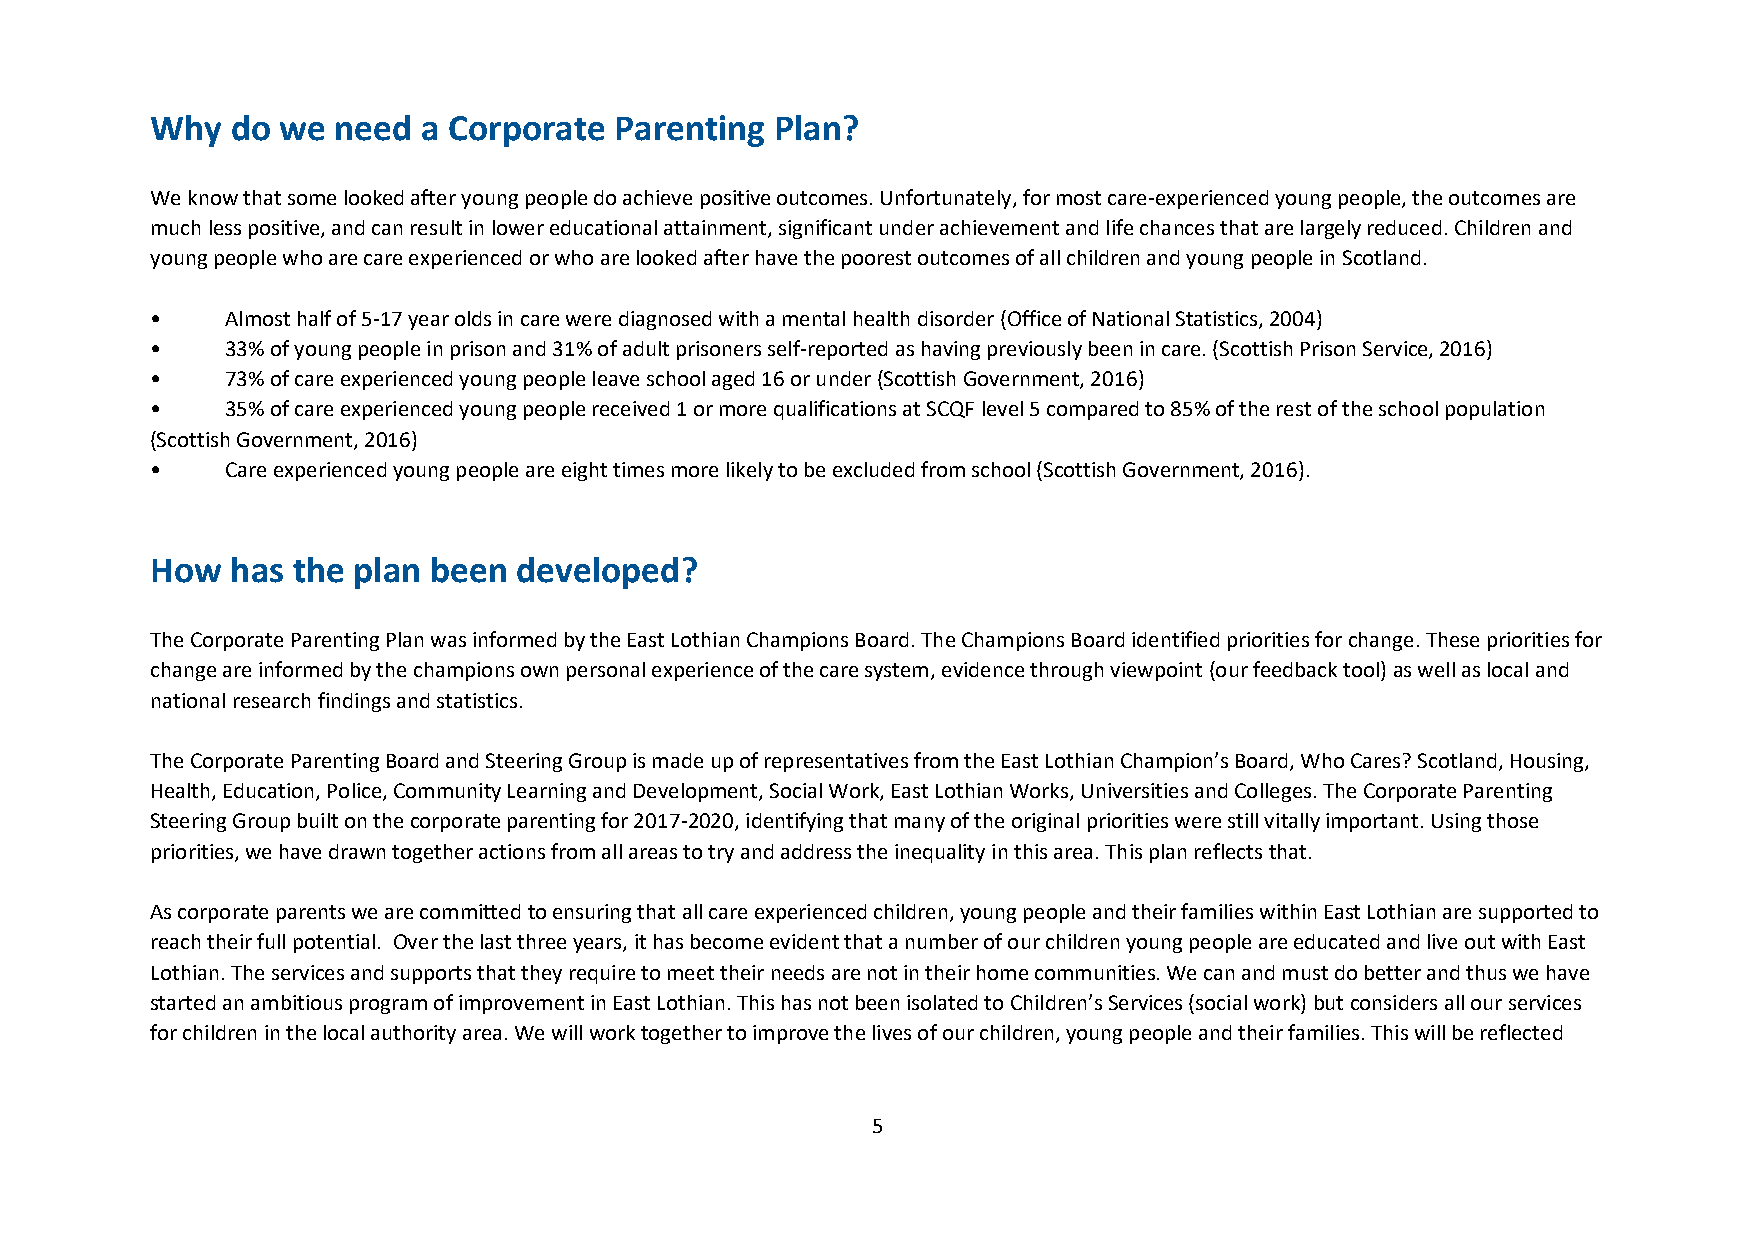
Why  do we  need  a Corporate  Parenting Plan?
 We know that some looked after young people do achieve positive outcomes. Unfortunately, for most care-experienced young people, the outcomes are
 much less positive, and can result in lower educational attainment, significant under achievement and life chances that are largely reduced. Children and
 young people who are care experienced or who are looked after have the poorest outcomes of all children and young people in Scotland.
 •    Almost half of 5-17 year olds in care were diagnosed with a mental health disorder (Office of National Statistics, 2004)
 •    33% of young people in prison and 31% of adult prisoners self-reported as having previously been in care. (Scottish Prison Service, 2016)
 •    73% of care experienced young people leave school aged 16 or under (Scottish Government, 2016)
 •    35% of care experienced young people received 1 or more qualifications at SCQF level 5 compared to 85% of the rest of the school population
 (Scottish Government, 2016)
 •    Care experienced young people are eight times more likely to be excluded from school (Scottish Government, 2016).
 How  has the plan been  developed?
 The Corporate Parenting Plan was informed by the East Lothian Champions Board. The Champions Board identified priorities for change. These priorities for
 change are informed by the champions own personal experience of the care system, evidence through viewpoint (our feedback tool) as well as local and
 national research findings and statistics.
 The Corporate Parenting Board and Steering Group is made up of representatives from the East Lothian Champion’s Board, Who Cares? Scotland, Housing,
 Health, Education, Police, Community Learning and Development, Social Work, East Lothian Works, Universities and Colleges. The Corporate Parenting
 Steering Group built on the corporate parenting for 2017-2020, identifying that many of the original priorities were still vitally important. Using those
 priorities, we have drawn together actions from all areas to try and address the inequality in this area. This plan reflects that.
 As corporate parents we are committed to ensuring that all care experienced children, young people and their families within East Lothian are supported to
 reach their full potential. Over the last three years, it has become evident that a number of our children young people are educated and live out with East
 Lothian. The services and supports that they require to meet their needs are not in their home communities. We can and must do better and thus we have
 started an ambitious program of improvement in East Lothian. This has not been isolated to Children’s Services (social work) but considers all our services
 for children in the local authority area. We will work together to improve the lives of our children, young people and their families. This will be reflected
 5